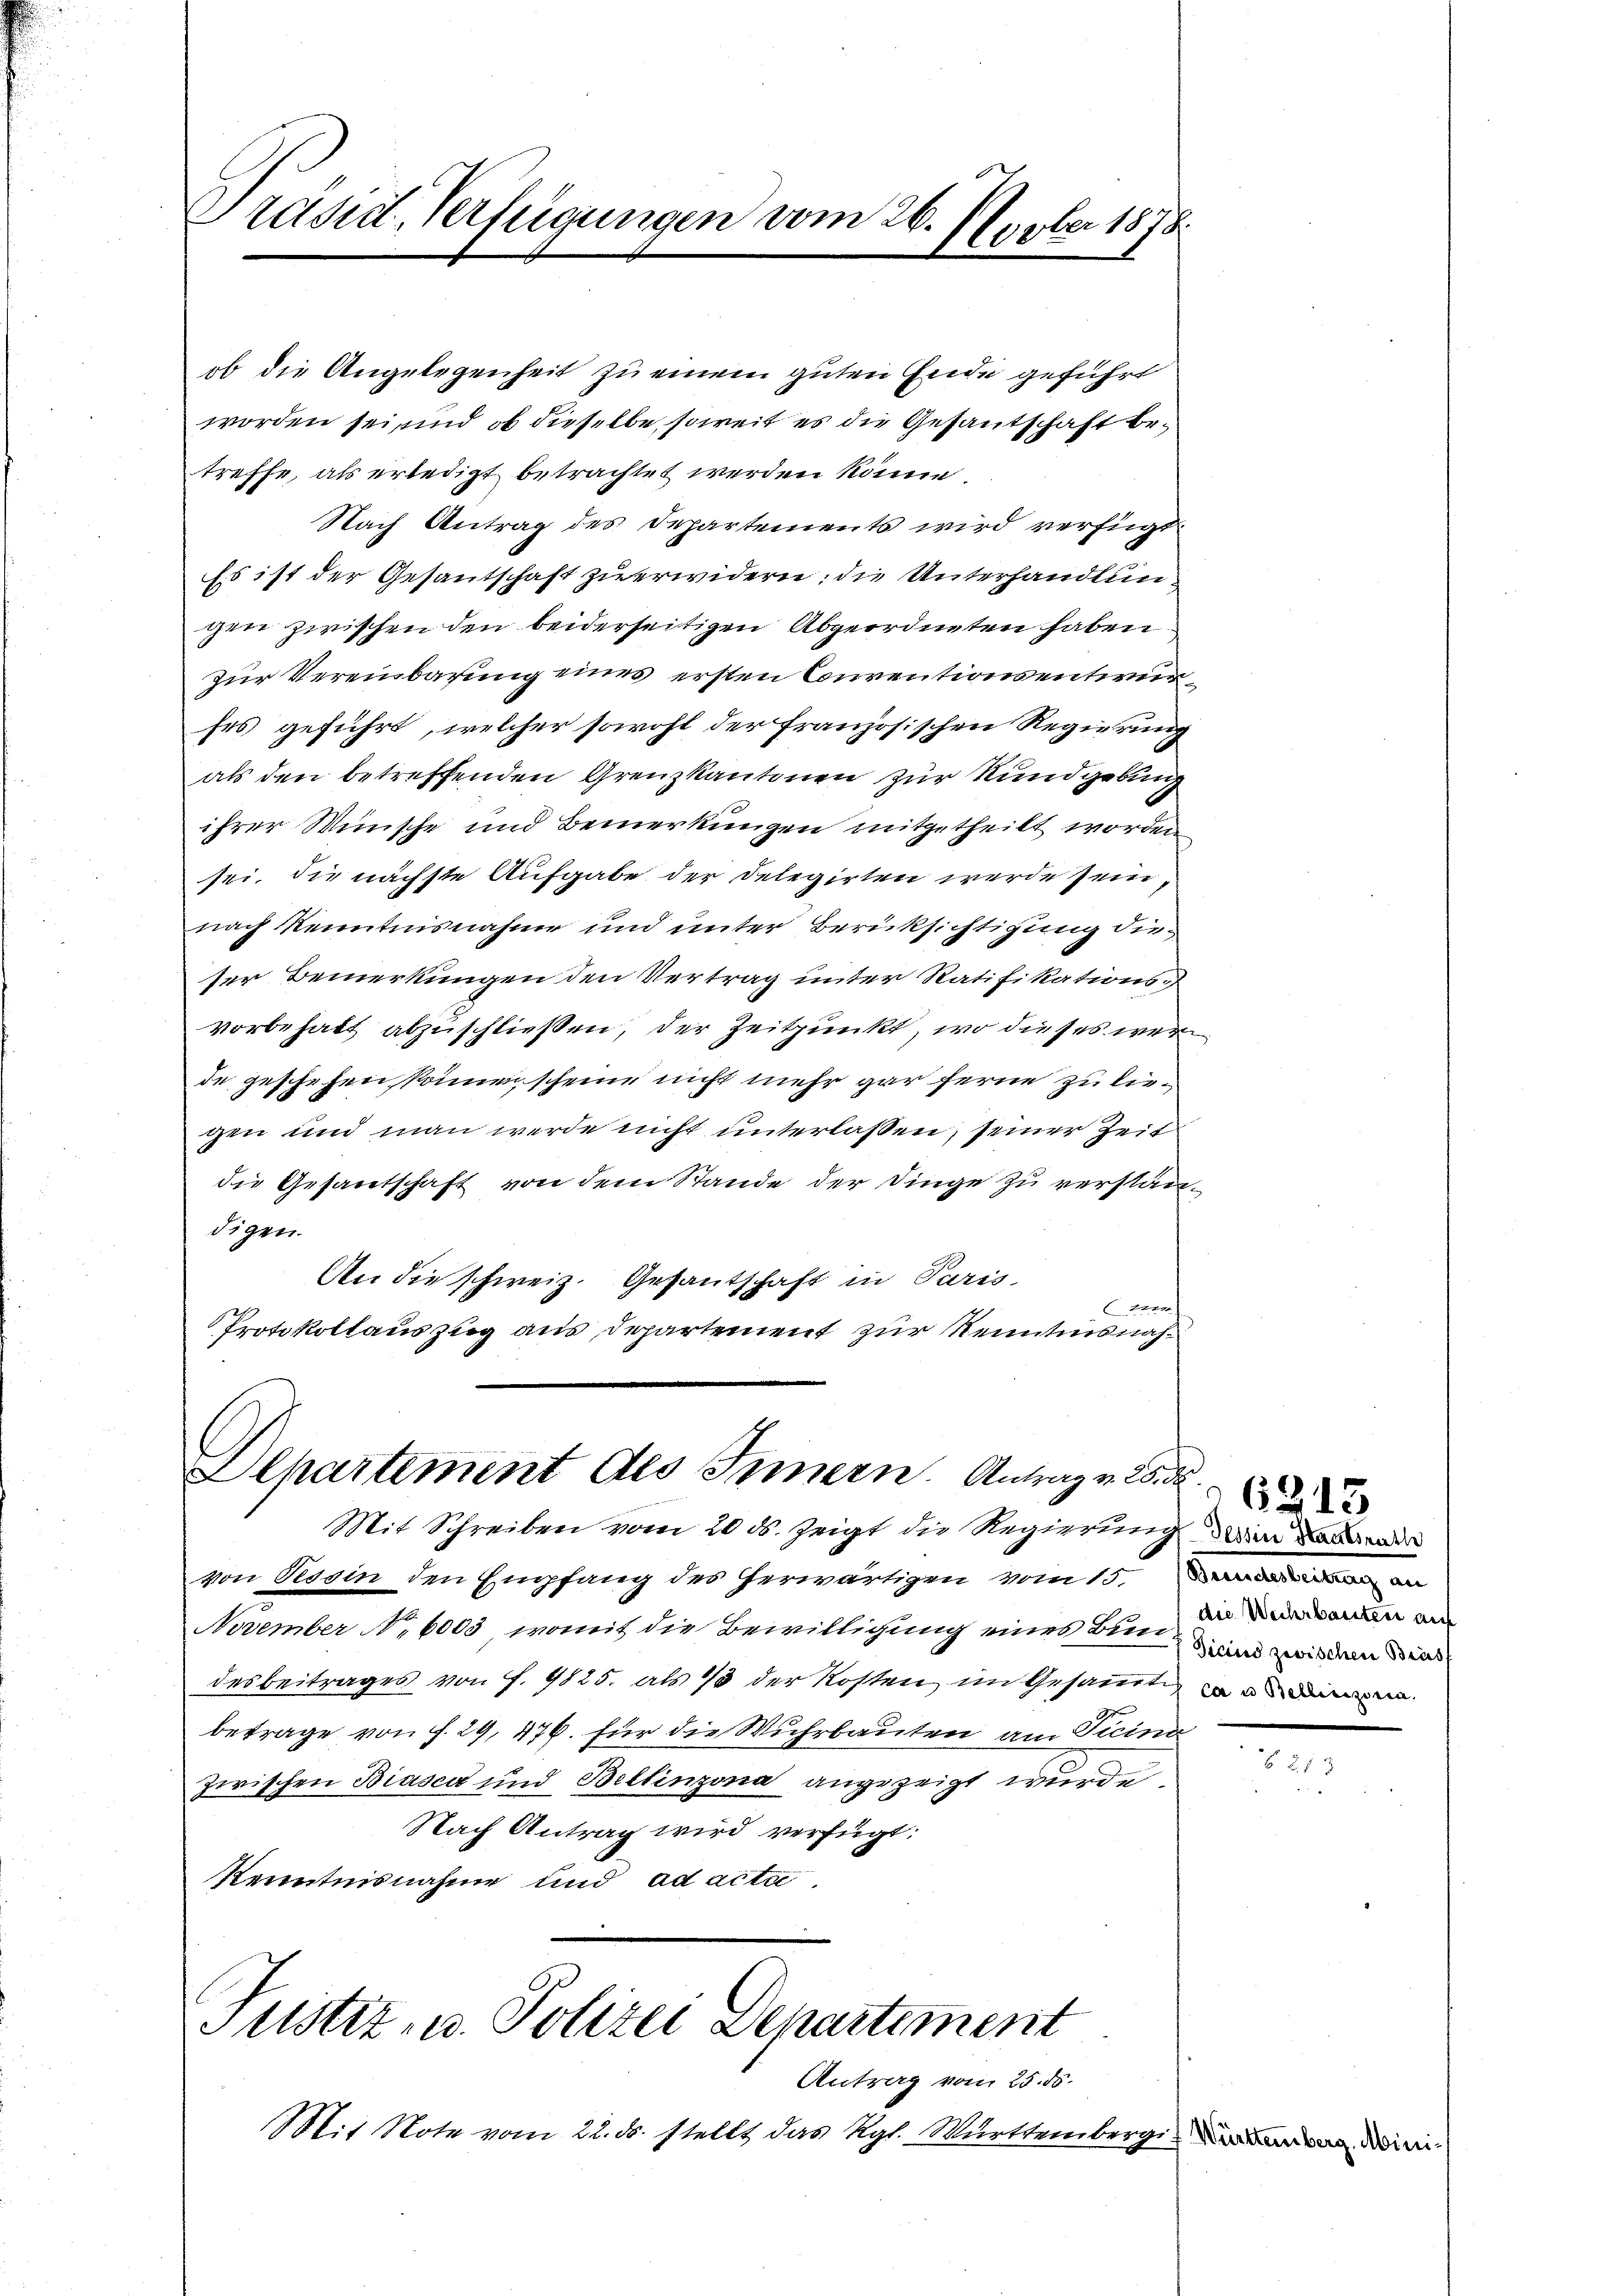
Präsidt, Verfügungen vom 26.
Necke 187

ob die Angelegenheit zu einem guten Ende geführt
worden sei, und ob dieselbe, soweit es die Gesantschaft betreffe, als erledigt betrachtet werden könne.
Nach Antrag des Departements wird verfügt:
Es ist der Gesantschaft zu erwidern: die Unterhandlungen zwischen den beiderseitigen Abgeordneten haben
zur Vereinbarung eines ersten Conventionsentwurfes geführt, welcher sowohl der französischen Regierung
als den betreffenden Grenzkantonen zur Kundgebung
ihrer Wünsche und Bemerkungen mitgetheilt worden
sei, die nächste Aufgabe der Delegirten werde sein,
nach Kenntnisnahme und unter Berücksichtigung die
ser Bemerkungen den Vertrag unter Ratifikations-
vorbehalt abzuschließen, der Zeitpunkt, wo dieses wer
de geschehen, können scheine nicht mehr gar ferne zu liegen und man werde nicht unterlassen, seiner Zeit
die Gesandschaft von dem Stande der Dinge zu verstandigen
An die schweiz. Gesantschaft in Paris
een
Protokollauszug aus Departement zur Kenntnisnah¬

Departement des Innern. Antrag v. 25. d

Mit Schreiben vom 20 ds. zeigt die Regierung in de
von Tessin den Empfang des herwärtigen vom 15. den an
November No. 6003, womit die Bewilligung eines bin und wir den dies
desbeitrages von f. 4825. als 13 der Kosten im Gesammt ein
betrage von f. 29, 476. für die Wuhrbauten am Ticini
zwischen Biasca und Bellinzona angezeigt wurde,
Nach Antrag wird verfügt:
Kenntnisnahme und ad actic

Justiz- u. Polizei Departement

Antrag vom 25. ds.
Mit Note vom 22. ds. stellt das Rgl. Württembergi, Badenden di

6315
die Weihrbauten auf